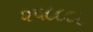
૨૫૮૮૮૮